Papers set at the Examination for Leaving Certificates, 1889
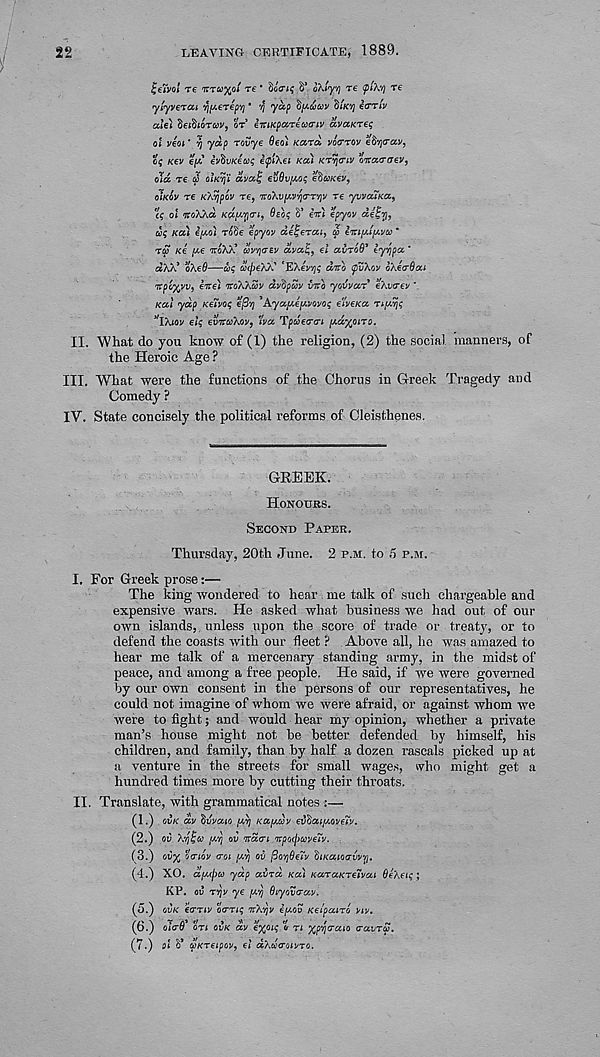
22
LEAVING CERTIFICATE, 1889.
fcetVoi T€ 7TTW%0* T€ ' OOC^ S’ o/JyYj T€ <pl\Vj T€
ytyvcrai rjy.€7€p’/j' y ya.p ou.'Jittv ZiK’/j itTrtv
aiei SeiSioray, or emKpareoxriv avaurti;
cl vcot' yj yap rovye 9eo) Kara vocrrov e9'/i<rav,
?{ Kev epC evSuKea? ifltei Ka) KT^tr<y oiraraev,
old re a oiKrj'i ava% euBvfj.o$ ehoKev,
O’IKOV re Kh’fjpcv re, TTOXU^OJO-T'/JV re yvvaiKa,
'ci; oi noWci Kda-pn, 6eoi; S’ eiri epyoy de^Tj,
a; Ka) ey.oi rode epyov detperai, q> enuLuvo? *
ra Ke pie otoXTi av^rev aval,, el avr68’ eyqpa '
d?./.’ oAeS—a? 'l(fjeA/.' 'E/Jirtf arc pZ'Acv oKeaBai
rpc'/yw, ere) roXXSv dvdpuv vro yovvar eXvaev ‘
Kal yap KeZVo; e/3ij ^KyauAavcvcq e'tveKa repviji;
’’lAiov elf evrccAcv, "va TpcSem [y.d%oiro.
II.
What do you know of (1) the religion, (2) the soc
the Heroic Age ?
III. What were the functions of the Chorus in Greek Tragedy and
Comedy ?
IV. State concisely the political reforms of Cleisthenes.
GREEK.
HONOURS.
SECOND PAPER.
Thursday, 20th June. 2 P.M. to 5 P.M.
I. For Greek prose:—
The king wondered to hear me talk of such chargeable and
expensive wars. He asked what business we had out of our
own islands, unless upon the score of trade or treaty, or to
defend the coasts with our fleet ? Above all, he was amazed to
hear me talk of a mercenary standing army, in the midst of
peace, and among a free people. He said, if we were governed
by our own consent in the persons of our representatives, he
could not imagine of whom we were afraid, or against whom we
were to fight; and would hear my opinion, whether a private
man’s house might not be better defended by himself, his
children, and family, than by half a dozen rascals picked up at
a venture in the streets for small wages, ivho might get a
hundred times more by cutting their throats.
II. Translate, with grammatical notes :—
(1.) oilK dv (juvaio u.y] Kay.lv evoaiy.oveZv.
(2.) ov Xojla y.Yj oil ran rpoipuveTv.
(3.) o0% ccriov <7oi yv)j oi fim)9e~v liKaic/jvvvj.
(4.) XO. dy-ipo) yap avrd Ka) KaraKretvai Se/.eu;;
KP. oil TOJV ye yy Oiycverav.
(0.) CVK early orris TT/.'/JV ey.cv Kelpairo yiv.
(6.) oicr6' on OVK dy eyyiq % ri xpyo-aio ravrS.
(7.) oi 5’ oiKreipoy, el at.daiivri.